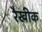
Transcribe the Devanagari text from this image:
रैखीक